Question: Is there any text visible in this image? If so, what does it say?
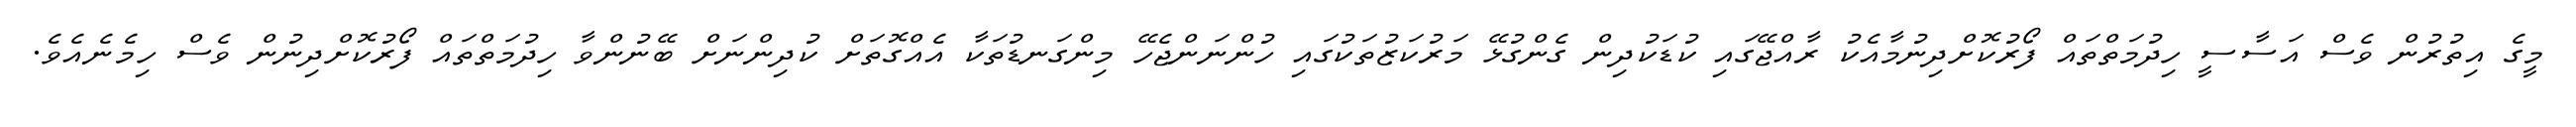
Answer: މީގެ އިތުރުން ވެސް އަސާސީ ހިދުމަތްތައް ފޯރުކޮށްދިނުމާއެކު ރާއްޖޭގައި ކުޑަކުދިން ގެންގުޅޭ މަރުކަޒުތަކުގައި ހުންނަންޖެހޭ މިންގަނޑުތަކާ އެއްގޮތަށް ކުދިންނަށް ބޭނުންވާ ހިދުމަތްތައް ފޯރުކޮށްދިނުން ވެސް ހިމެނެއެވެ.